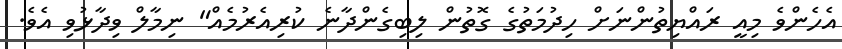
އެހެންވެ މިއީ ރައްޔިތުންނަށް ހިދުމަތުގެ ގޮތުން ލިބިގެންދާނެ ކުރިއެރުމެއް" ނިމާލް ވިދާޅުވި އެވެ.